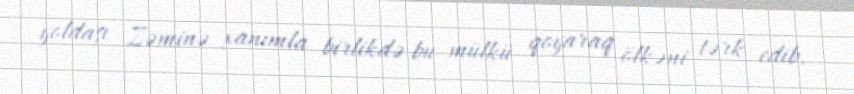
yoldaşı Zəminə xanımla birlikdə bu mülkü qoyaraq ölkəni tərk edib.